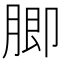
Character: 䐚